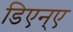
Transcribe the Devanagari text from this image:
डिएन्ए